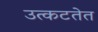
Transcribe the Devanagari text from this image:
उत्कटतेत